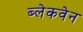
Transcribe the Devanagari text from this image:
ब्लेकवेन